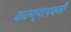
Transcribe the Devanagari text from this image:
करण्याएवजी